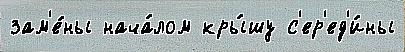
зам'е́ны нача́лом кры́шу с'ер'ед'и́ны